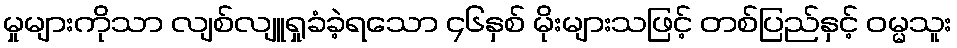
မှုများကိုသာ လျစ်လျူရှုခံခဲ့ရသော ၄၆နှစ် မိုးများသဖြင့် တစ်ပြည်နှင့် ဝမ္မသူး